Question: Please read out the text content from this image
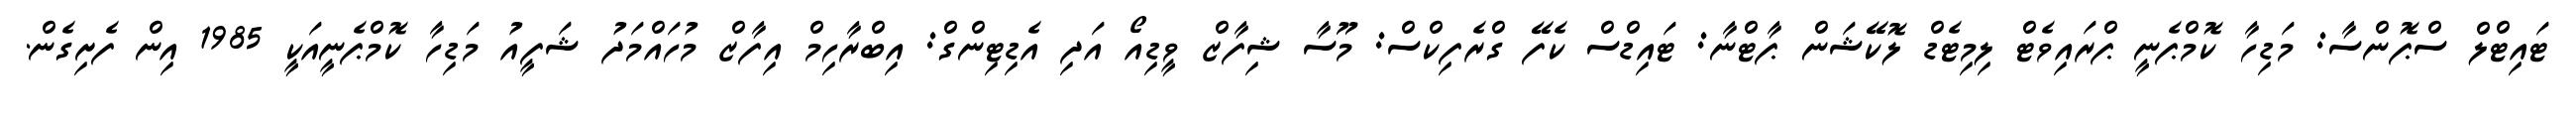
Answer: ޓައިޓްލް ސްޕޮންސާ: މަޑިހާ ކޮމްޕެނީ ޕްރައިވެޓް ލިމިޓެޑް ލޮކޭޝަން ޕާޓްނާ: ޓައިޑްސް ކެފޭ ގްރެފިކްސް: މޫސާ ޝިފާޒް ވީޑިއޯ އަދި އެޑިޓިންގް: އިބްރާހިމް އިފާޒް މުހައްމަދު ޝަފީއު މަޑިހާ ކޮމްޕެނީއަކީ 1985 އިން ފެށިގެން.